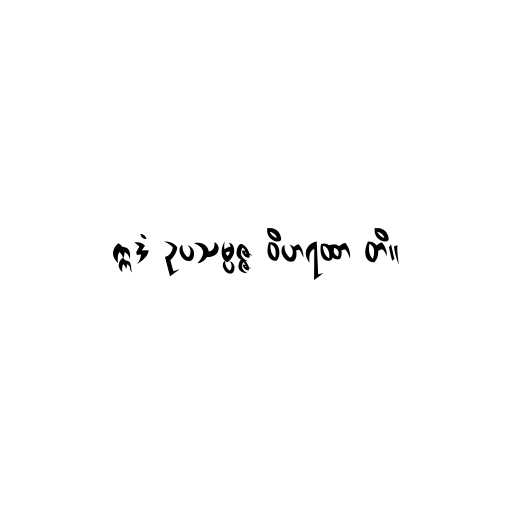
ဣဒံ ဥပသမ္ပဇ္ဇ ဝိဟရထာ တိ။